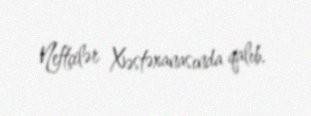
Neftçilər Xəstəxanasında qalıb.